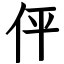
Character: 伻